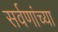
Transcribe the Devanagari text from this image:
सर्वणांच्या